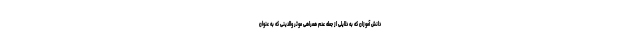
دانش آموزان که به دلایلی از جمله عدم همراهی موثر والدینی که به عنوان